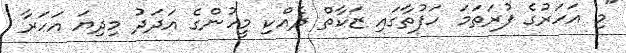
"މި އަހަރުގެ ފުރަތަމަ ހަފުތާގައި ޒަކާތް ދެއްކި މީހުންގެ އަދަދު މިދިޔަ އަހަރާ